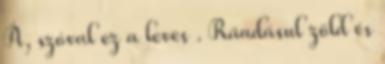
Á, szóval ez a leves . Ráadásul zöld és